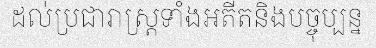
ដល់ប្រជារាស្ត្រទាំងអតីតនិងបច្ចុប្បន្ន